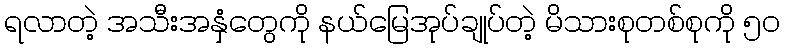
ရလာတဲ့ အသီးအနှံတွေကို နယ်မြေအုပ်ချုပ်တဲ့ မိသားစုတစ်စုကို ၅ဝ